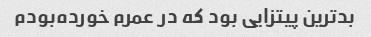
بدترین پیتزایی بود که در عمرم خورده‌بودم